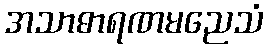
အသာဓာရဏမညေသံ